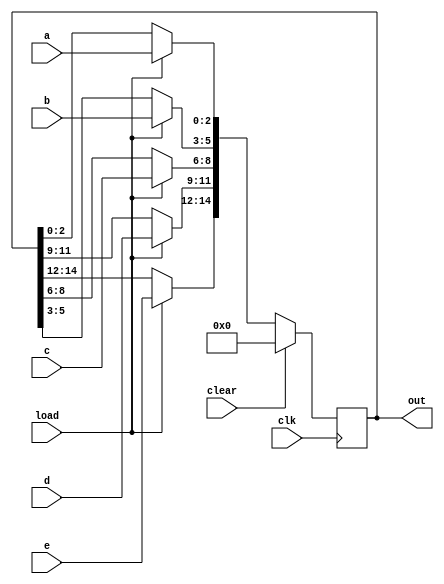
`timescale 1ns / 1ps

module D_register(a, b, c, d, e, load, clear, clk, out);
input [2:0] a, b, c, d, e;
input load, clear, clk;
output reg [14:0]out;

always @(posedge clk)
begin
    if(load) 
    begin
        out[2:0] = a;
        out[5:3] = b;
        out[8:6] = c;
        out[11:9] = d;
        out[14:12] = e;
    end
    if(clear)
        out <= 0;
end
endmodule